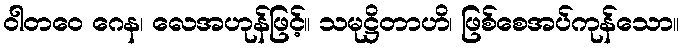
ဝါတဝေ ဂေန၊ လေအဟုန်ဖြင့်။ သမုဋ္ဌိတာဟိ၊ ဖြစ်စေအပ်ကုန်သော။